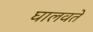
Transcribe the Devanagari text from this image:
घालवते